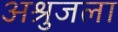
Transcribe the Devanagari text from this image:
अश्रुजला